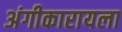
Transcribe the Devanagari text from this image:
अंगीकारायला